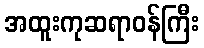
အထူးကုဆရာဝန်ကြီး